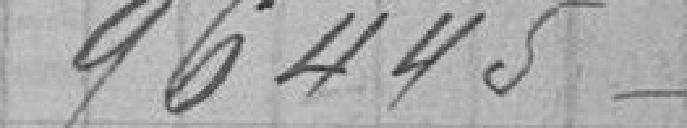
96445